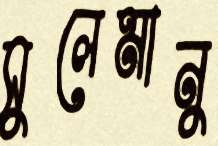
সুলেমানু